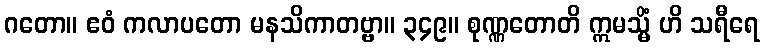
ဂတော။ ဧဝံ ကလာပတော မနသိကာတဗ္ဗာ။ ၃၄၉။ စုဏ္ဏတောတိ ဣမသ္မိံ ဟိ သရီရေ